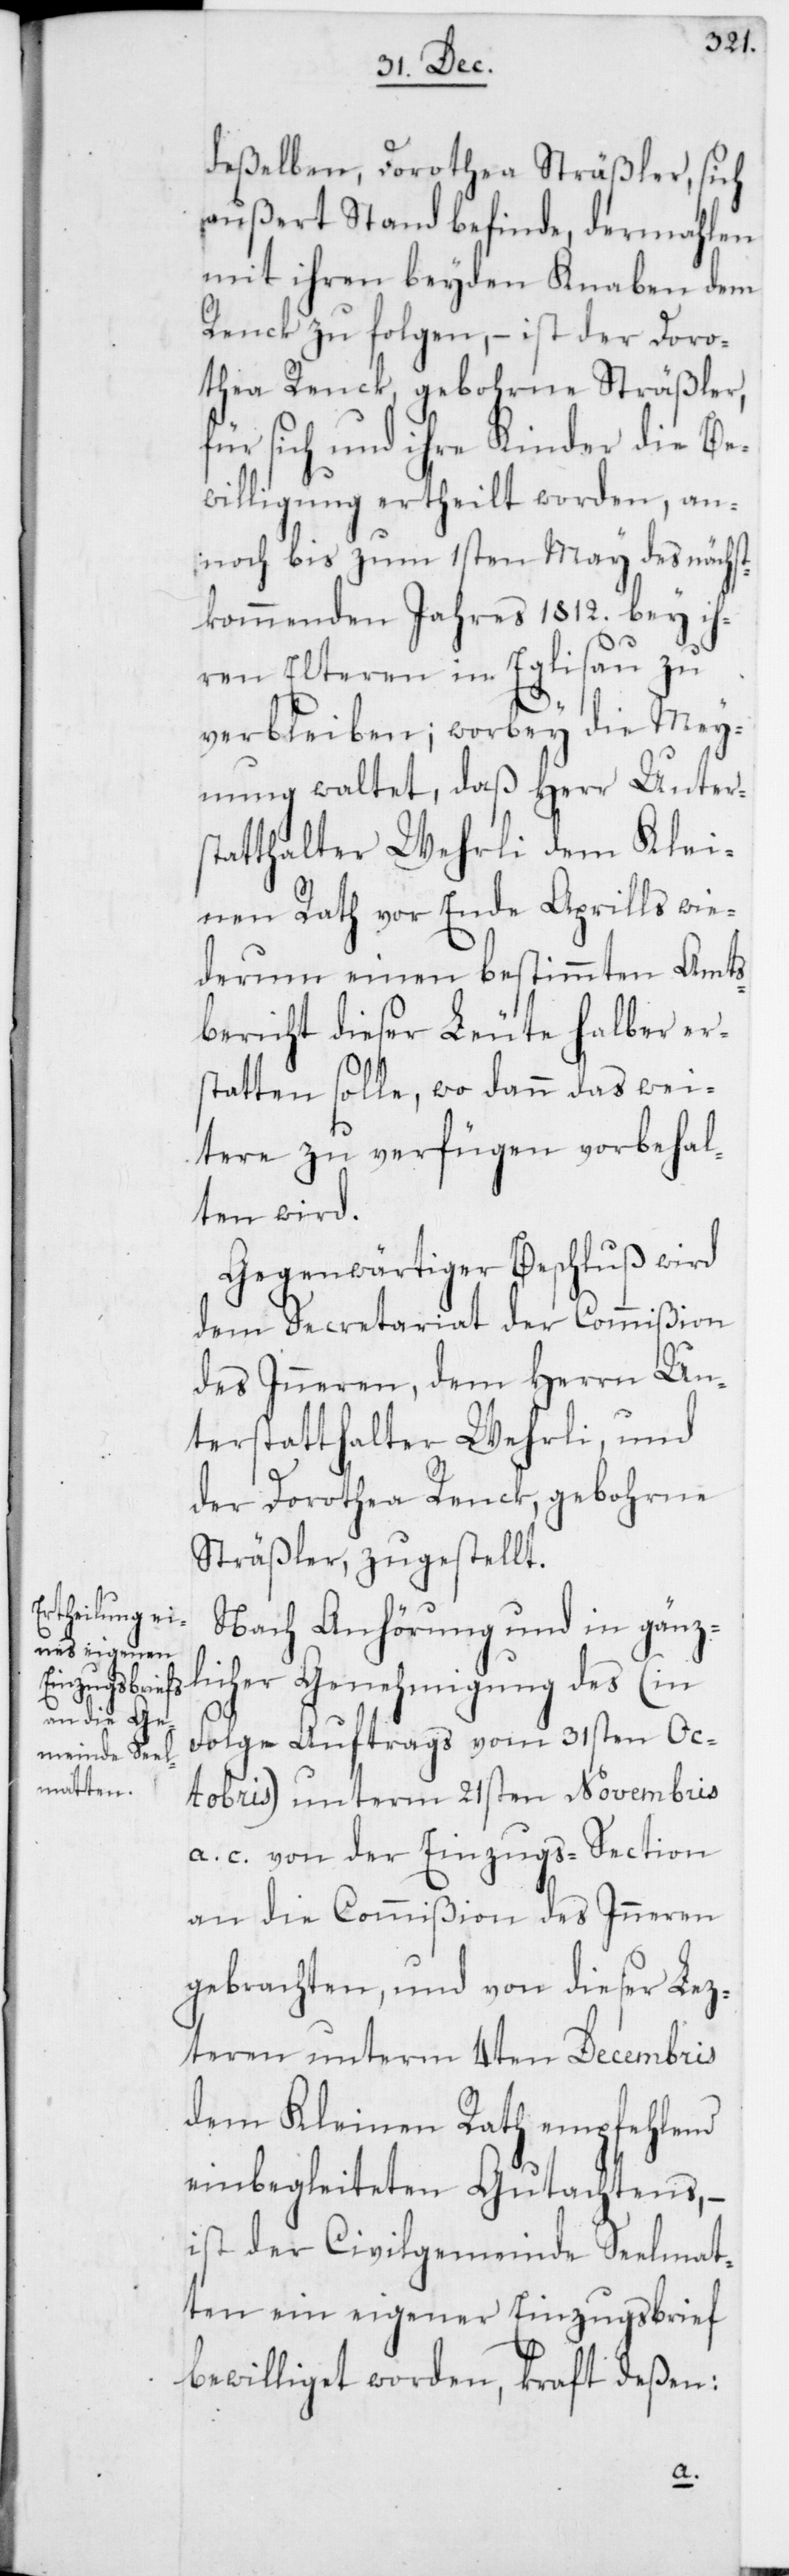
deßelben, Dorothea Sträßler, sich
außert Stand befinde, dermahlen
mit ihren beyden Knaben dem
Renck zu folgen, – ist der Doro¬
thea Renck, gebohrne Sträßler,
für sich und ihre Kinder die Be¬
willigung ertheilt worden, an¬
noch bis zum 1sten May des nächst¬
kommenden Jahres 1812. bey ih¬
ren Elteren in Eglisau zu
verbleiben; wobey die Mey¬
nung waltet, daß Herr Unters¬
tatthalter Wehrli dem Klei¬
nen Rath vor Ende Aprills wie¬
derum einen bestimmten Amts¬
bericht dieser Leute halber er¬
statten solle, wo dann das wei¬
tere zu verfügen vorbehal¬
ten wird.
Gegenwärtiger Beschluß wird
dem Secretariat der Commißion
des Inneren, dem Herrn Un¬
terstatthalter Wehrli, und
der Dorothea Renck, gebohrne
Sträßler, zugestellt.
Nach Anhörung und in gänz¬
licher Genehmigung des (in
Folge Auftrags vom 31sten Oc¬
tobris) unterm 21sten Novembris
a. c. von der Einzugs-Section
an die Commißion des Inneren
gebrachten, und von dieser Lez¬
teren unterm 4ten Decembris
dem Kleinen Rath empfehlend
einbegleiteten Gutachtens, –
ist der Civilgemeinde Seelmat¬
ten ein eigener Einzugsbrief
bewilliget worden, kraft deßen: